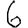
Digit: 6